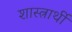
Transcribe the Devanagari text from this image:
शास्त्रार्थी